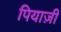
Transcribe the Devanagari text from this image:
पियाज़ी